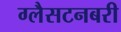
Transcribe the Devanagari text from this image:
ग्लैसटनबरी